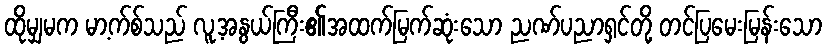
ထိုမျှမက မာ့က်စ်သည် လူ့အနွယ်ကြီး၏အထက်မြက်ဆုံးသော ညဏ်ပညာရှင်တို့ တင်ပြမေးမြန်းသော